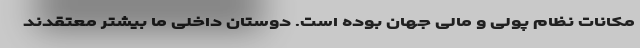
مکانات نظام پولی و مالی جهان بوده است. دوستان داخلی ما بیشتر معتقدند